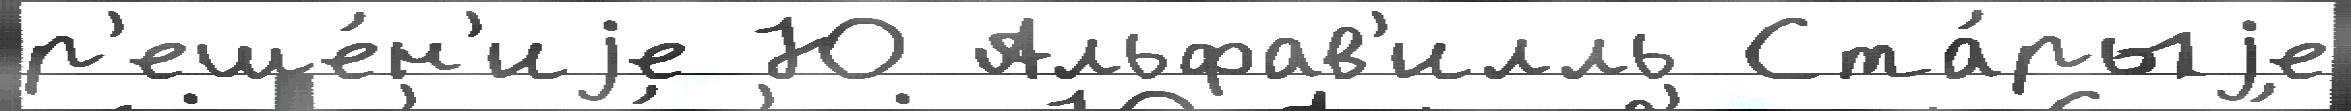
р'еше́н'иjе Ю Альфав'илль Ста́рыjе